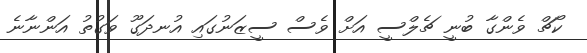
ކޯޗް ވެންގާ ބުނީ ޗެލްސީ އަށް ވެސް ސީޒަނުގައި އުނދަގޫ ވަގުތު އަންނާނެ